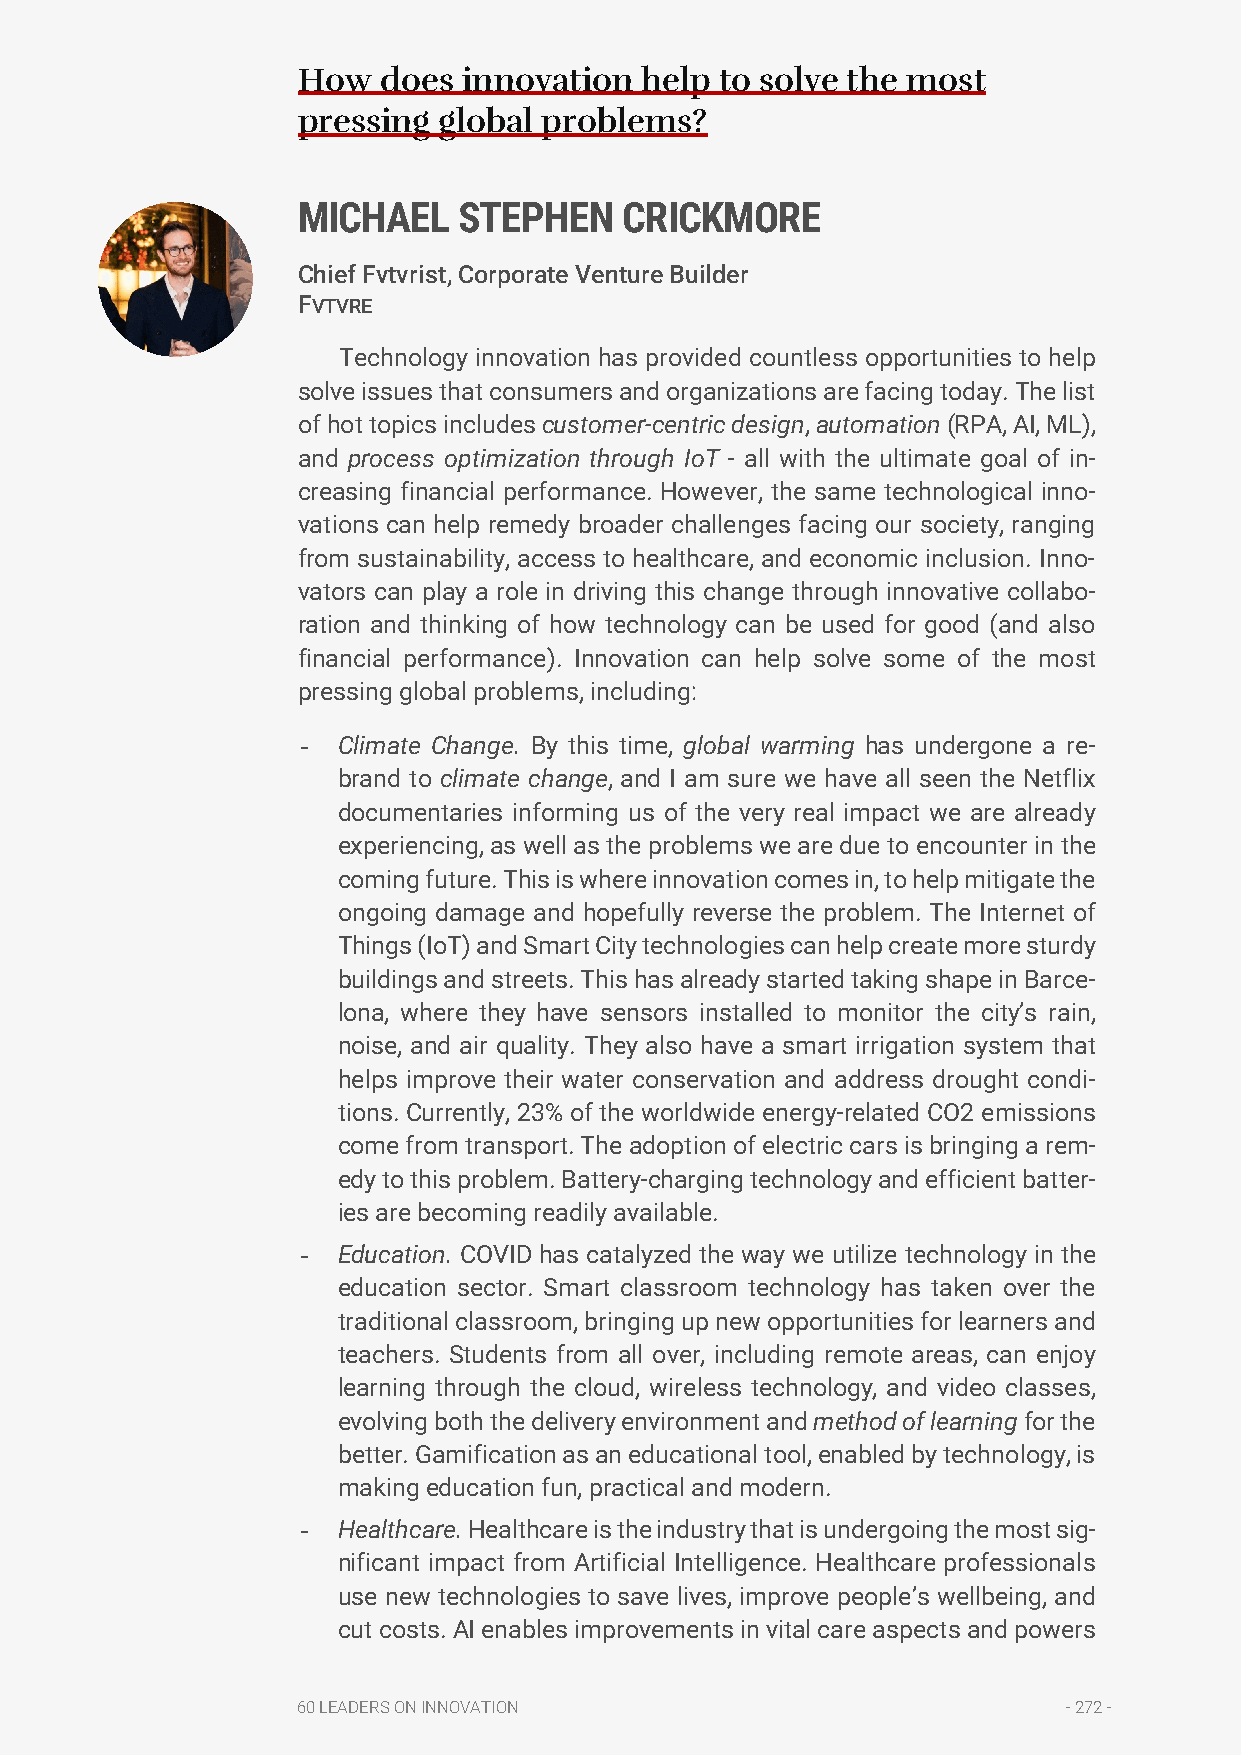
How  does  innovation help  to solve the most
 pressing global problems?
 MICHAEL   STEPHEN    CRICKMORE
 Chief Fvtvrist, Corporate Venture Builder
 FVTVRE
 Technology innovation has provided countless opportunities to help
 solve issues that consumers and organizations are facing today. The list
 of hot topics includes customer-centric design, automation (RPA, AI, ML),
 and process optimization through IoT - all with the ultimate goal of in-
 creasing financial performance. However, the same technological inno-
 vations can help remedy broader challenges facing our society, ranging
 from sustainability, access to healthcare, and economic inclusion. Inno-
 vators can play a role in driving this change through innovative collabo-
 ration and thinking of how technology can be used for good (and also
 financial performance). Innovation can help solve some of the most
 pressing global problems, including:
 - Climate Change. By this time, global warming has undergone a re-
 brand to climate change, and I am sure we have all seen the Netflix
 documentaries informing us of the very real impact we are already
 experiencing, as well as the problems we are due to encounter in the
 coming future. This is where innovation comes in, to help mitigate the
 ongoing damage and hopefully reverse the problem. The Internet of
 Things (IoT) and Smart City technologies can help create more sturdy
 buildings and streets. This has already started taking shape in Barce-
 lona, where they have sensors installed to monitor the city’s rain,
 noise, and air quality. They also have a smart irrigation system that
 helps improve their water conservation and address drought condi-
 tions. Currently, 23% of the worldwide energy-related CO2 emissions
 come from transport. The adoption of electric cars is bringing a rem-
 edy to this problem. Battery-charging technology and efficient batter-
 ies are becoming readily available.
 - Education. COVID has catalyzed the way we utilize technology in the
 education sector. Smart classroom technology has taken over the
 traditional classroom, bringing up new opportunities for learners and
 teachers. Students from all over, including remote areas, can enjoy
 learning through the cloud, wireless technology, and video classes,
 evolving both the delivery environment and method of learning for the
 better. Gamification as an educational tool, enabled by technology, is
 making education fun, practical and modern.
 - Healthcare. Healthcare is the industry that is undergoing the most sig-
 nificant impact from Artificial Intelligence. Healthcare professionals
 use new technologies to save lives, improve people’s wellbeing, and
 cut costs. AI enables improvements in vital care aspects and powers
 60 LEADERS ON INNOVATION                           - 272 -